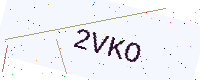
Text: 2VKO